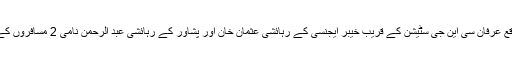
دوسری کاروائی کے دوران اے این ایف راولپنڈی نے ترامڑی چوک، اسلام آباد میں واقع عرفان سی این جی سٹیشن کے قریب خیبر ایجنسی کے رہائشی عثمان خان اور پشاور کے رہائشی عبد الرحمن نامی 2 مسافروں کے ذاتی قبضے سے 3.9 کلو گرام چرس برآمد کر کے دونوں ملزمان کو گرفتار کر لیا۔